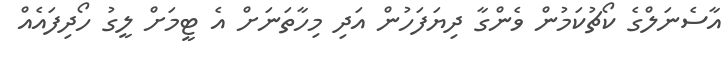
އާސެނަލްގެ ކޯޗުކަމުން ވެންގާ ދިޔަފަހުން އަދި މިހާތަނަށް އެ ޓީމަށް ލީގު ހޯދިފައެއް